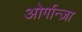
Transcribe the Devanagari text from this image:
ओर्गान्ज़ा